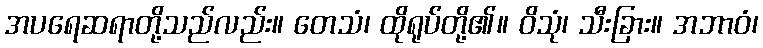
အပရေဆရာတို့သည်လည်း။ တေသံ၊ ထိုရုပ်တို့၏။ ဝိသုံ၊ သီးခြား။ အဘာဝံ၊